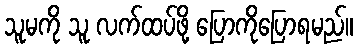
သူမကို သူ လက်ထပ်ဖို့ ပြောကိုပြောရမည်။